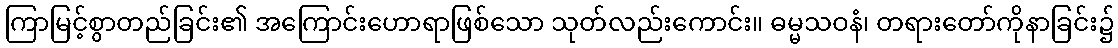
ကြာမြင့်စွာတည်ခြင်း၏ အကြောင်းဟောရာဖြစ်သော သုတ်လည်းကောင်း။ ဓမ္မသဝနံ၊ တရားတော်ကိုနာခြင်း၌